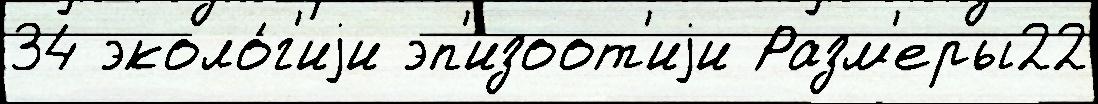
34 эколо́г'иjи эп'изоот'иjи Разм'еры22